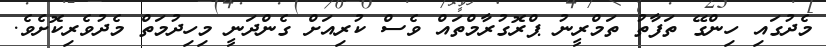
މެދުގައި ހިންގޭ ތަފާތު ތަމްރީނު ޕްރޮގުރާމްތައް ވެސް ކުރިއަށް ގެންދަނީ މިހިދުމަތް މެދުވެރިކޮށެވެ.